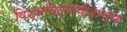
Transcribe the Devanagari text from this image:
विश्वविद्यापीठाच्या